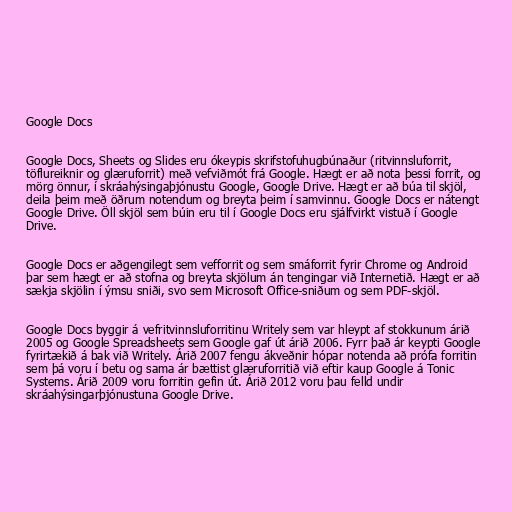
Google Docs

Google Docs, Sheets og Slides eru ókeypis skrifstofuhugbúnaður (ritvinnsluforrit,
töflureiknir og glæruforrit) með vefviðmót frá Google. Hægt er að nota þessi forrit, og
mörg önnur, í skráahýsingaþjónustu Google, Google Drive. Hægt er að búa til skjöl,
deila þeim með öðrum notendum og breyta þeim í samvinnu. Google Docs er nátengt
Google Drive. Öll skjöl sem búin eru til í Google Docs eru sjálfvirkt vistuð í Google
Drive.

Google Docs er aðgengilegt sem vefforrit og sem smáforrit fyrir Chrome og Android
þar sem hægt er að stofna og breyta skjölum án tengingar við Internetið. Hægt er að
sækja skjölin í ýmsu sniði, svo sem Microsoft Office-sniðum og sem PDF-skjöl.

Google Docs byggir á vefritvinnsluforritinu Writely sem var hleypt af stokkunum árið
2005 og Google Spreadsheets sem Google gaf út árið 2006. Fyrr það ár keypti Google
fyrirtækið á bak við Writely. Árið 2007 fengu ákveðnir hópar notenda að prófa forritin
sem þá voru í betu og sama ár bættist glæruforritið við eftir kaup Google á Tonic
Systems. Árið 2009 voru forritin gefin út. Árið 2012 voru þau felld undir
skráahýsingarþjónustuna Google Drive.